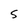
Character: S